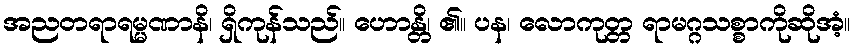
အညတရာရမ္မဏာနိ၊ ရှိကုန်သည်။ ဟောန္တိ၊ ၏။ ပန၊ လောကုတ္တ ရာမဂ္ဂသစ္စာကိုဆိုအံ့။